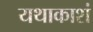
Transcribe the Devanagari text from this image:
यथाकाशं